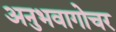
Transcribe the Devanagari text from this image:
अनुभवागोचर